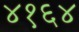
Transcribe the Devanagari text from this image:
४१६४